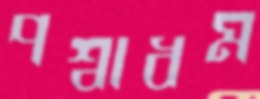
পশ্বাধম